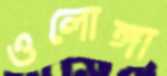
ওলোঙ্গা